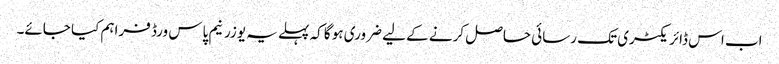
اب اس ڈائریکٹری تک رسائی حاصل کرنے کے لیے ضروری ہو گا کہ پہلے یہ یوزرنیم پاس ورڈ فراہم کیا جائے۔